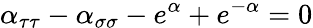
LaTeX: \alpha_{\tau\tau}-\alpha_{\sigma\sigma}-e^{\alpha}+e^{-\alpha}=0